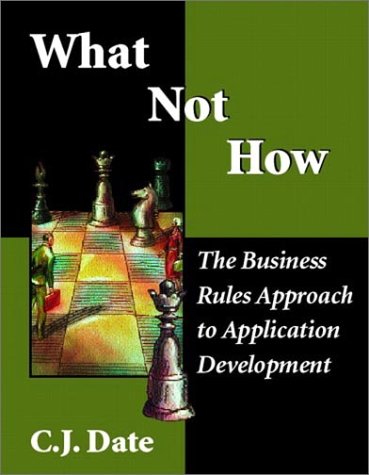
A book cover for What Not How: The Business Rules Approach to Application Development; C. J. Date; Computers & Technology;